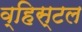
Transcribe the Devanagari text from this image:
व्हिस्टल